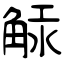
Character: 觨